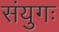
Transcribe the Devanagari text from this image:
संयुगः